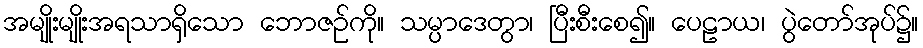
အမျိုးမျိုးအရသာရှိသော ဘောဇဉ်ကို။ သမ္ပာဒေတွာ၊ ပြီးစီးစေ၍။ ပေဠာယ၊ ပွဲတော်အုပ်၌။